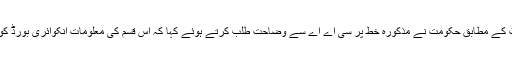
ڈان اخبار کی رپورٹ کے مطابق حکومت نے مذکورہ خط پر سی اے اے سے وضاحت طلب کرتے ہوئے کہا کہ اس قسم کی معلومات انکوائری بورڈ کو فراہم کی جانی تھی۔